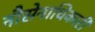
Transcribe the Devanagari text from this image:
नौसेनाधिकारी